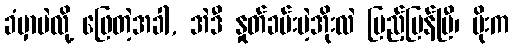
ခံမှာပဲလို့ ဖြေတဲ့အခါ, အဲဒီ နှုတ်ခမ်းပဲ့အိုးလဲ ပြည့်ပြန်ပြီ၊ မိုးက